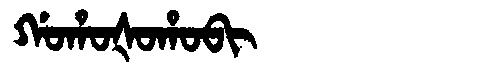
Manchu: ᡤᠣᡥᠣᡧᠣᡥᠣᠪᡳ
Romanization: GOHOŠOHOBI